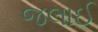
જલાઈ